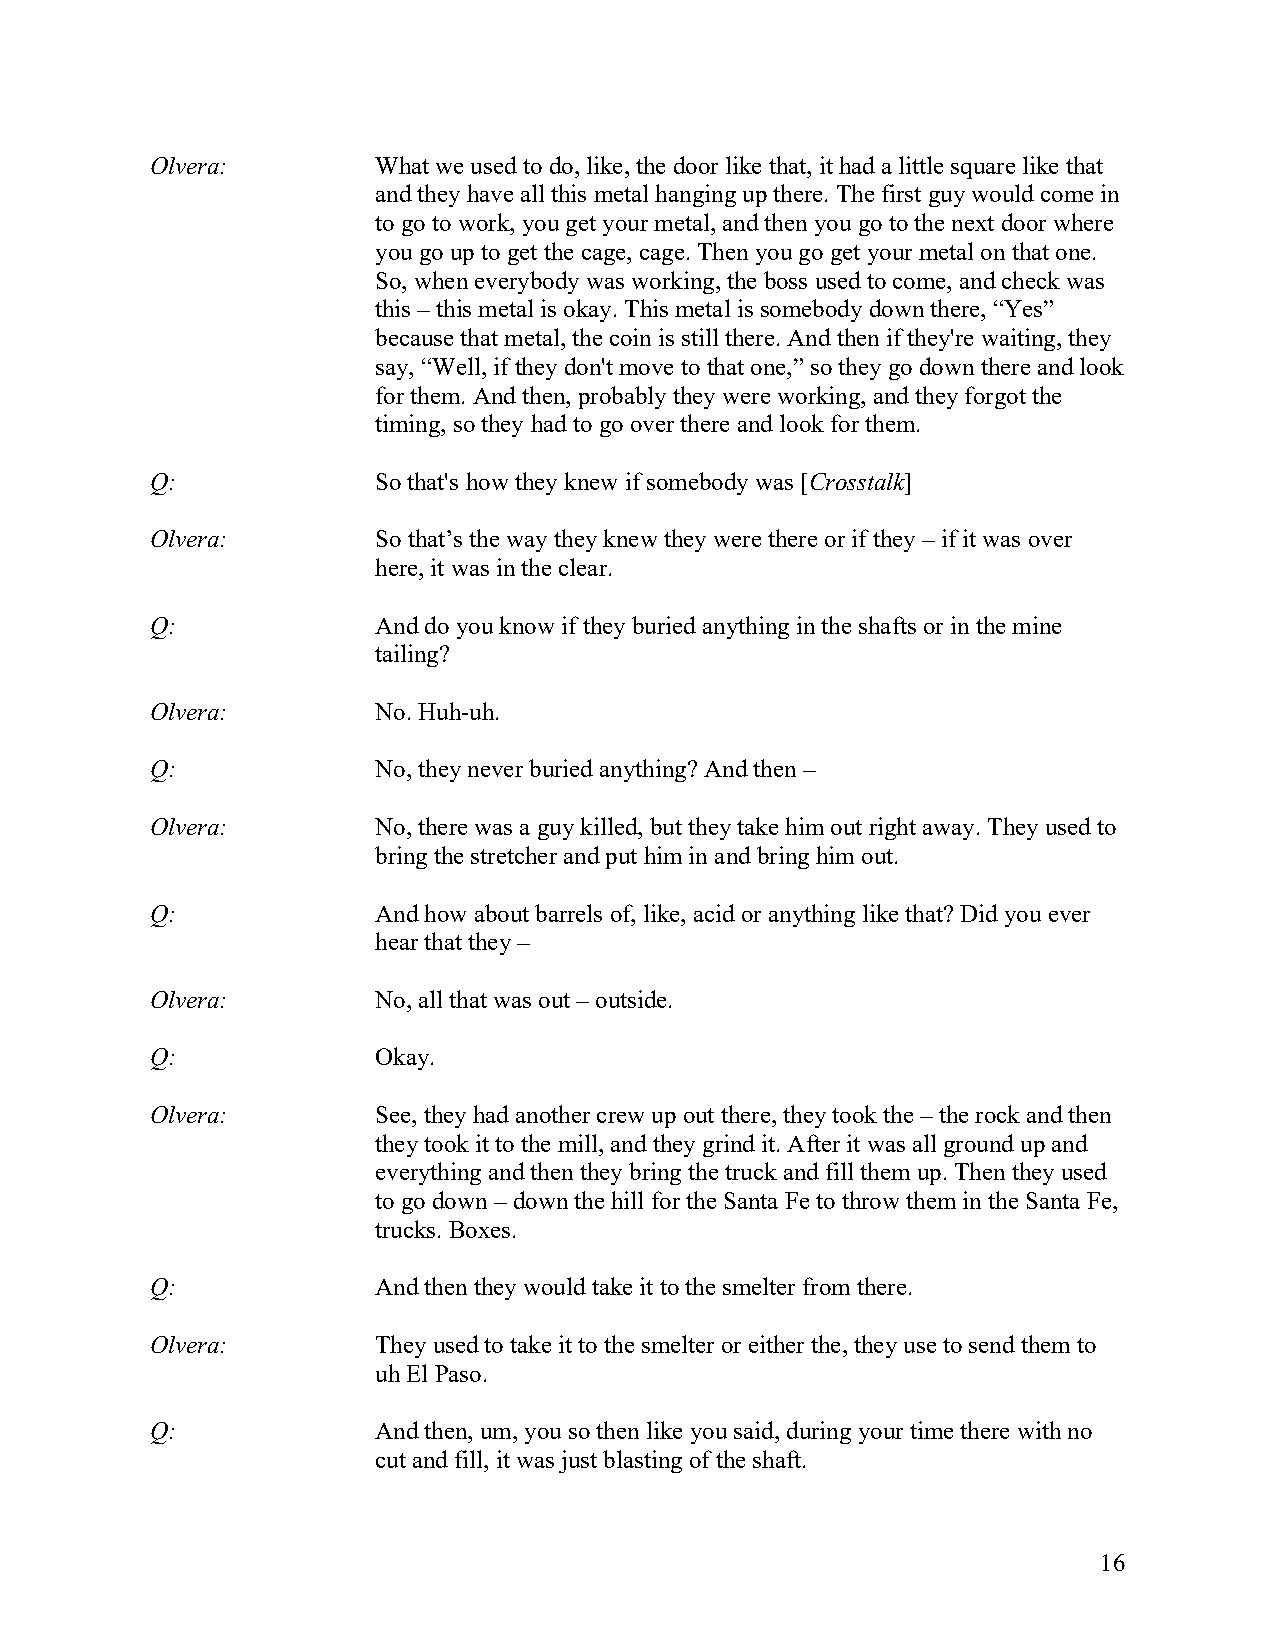
Olvera:        What we used to do, like, the door like that, it had a little square like that
 and they have all this metal hanging up there. The first guy would come in
 to go to work, you get your metal, and then you go to the next door where
 you go up to get the cage, cage. Then you go get your metal on that one.
 So, when everybody was working, the boss used to come, and check was
 this – this metal is okay. This metal is somebody down there, “Yes”
 because that metal, the coin is still there. And then if they're waiting, they
 say, “Well, if they don't move to that one,” so they go down there and look
 for them. And then, probably they were working, and they forgot the
 timing, so they had to go over there and look for them.
 Q:             So that's how they knew if somebody was [Crosstalk]
 Olvera:        So that’s the way they knew they were there or if they – if it was over
 here, it was in the clear.
 Q:             And do you know if they buried anything in the shafts or in the mine
 tailing?
 Olvera:        No. Huh-uh.
 Q:             No, they never buried anything? And then –
 Olvera:        No, there was a guy killed, but they take him out right away. They used to
 bring the stretcher and put him in and bring him out.
 Q:             And how about barrels of, like, acid or anything like that? Did you ever
 hear that they –
 Olvera:        No, all that was out – outside.
 Q:             Okay.
 Olvera:        See, they had another crew up out there, they took the – the rock and then
 they took it to the mill, and they grind it. After it was all ground up and
 everything and then they bring the truck and fill them up. Then they used
 to go down – down the hill for the Santa Fe to throw them in the Santa Fe,
 trucks. Boxes.
 Q:             And then they would take it to the smelter from there.
 Olvera:        They used to take it to the smelter or either the, they use to send them to
 uh El Paso.
 Q:             And then, um, you so then like you said, during your time there with no
 cut and fill, it was just blasting of the shaft.
 16